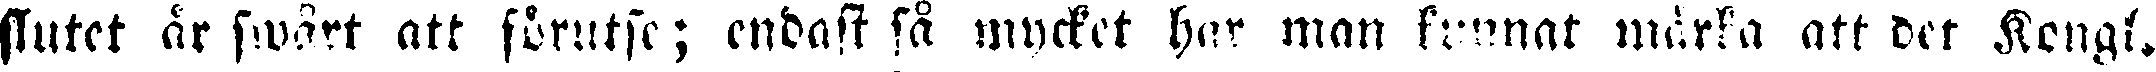
slutet är svårt att förutse; endast så mycket har man kunnat märka att det Kengl.